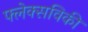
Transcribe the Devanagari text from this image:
फ्लेक्सविकी